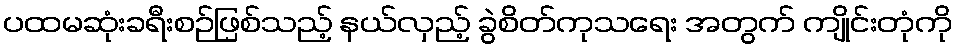
ပထမဆုံးခရီးစဉ်ဖြစ်သည့် နယ်လှည့် ခွဲစိတ်ကုသရေး အတွက် ကျိုင်းတုံကို